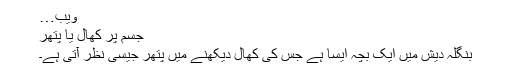
ویب…
جسم پر کھال یا پتھر
بنگلہ دیش میں ایک بچہ ایسا ہے جس کی کھال دیکھنے میں پتھر جیسی نظر آتی ہے۔